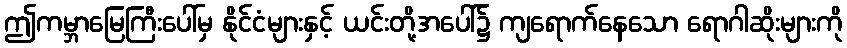
ဤကမ္ဘာမြေကြီးပေါ်မှ နိုင်ငံများနှင့် ယင်းတို့အပေါ်၌ ကျရောက်နေသော ရောဂါဆိုးများကို